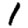
Digit: 1